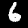
Label: 6